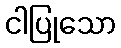
ငါပြုသော